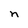
Character: n